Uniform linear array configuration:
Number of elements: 64
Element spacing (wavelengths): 1
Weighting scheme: cosine
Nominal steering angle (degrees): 15
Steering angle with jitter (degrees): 16.52
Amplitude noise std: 0.05
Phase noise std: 0.05

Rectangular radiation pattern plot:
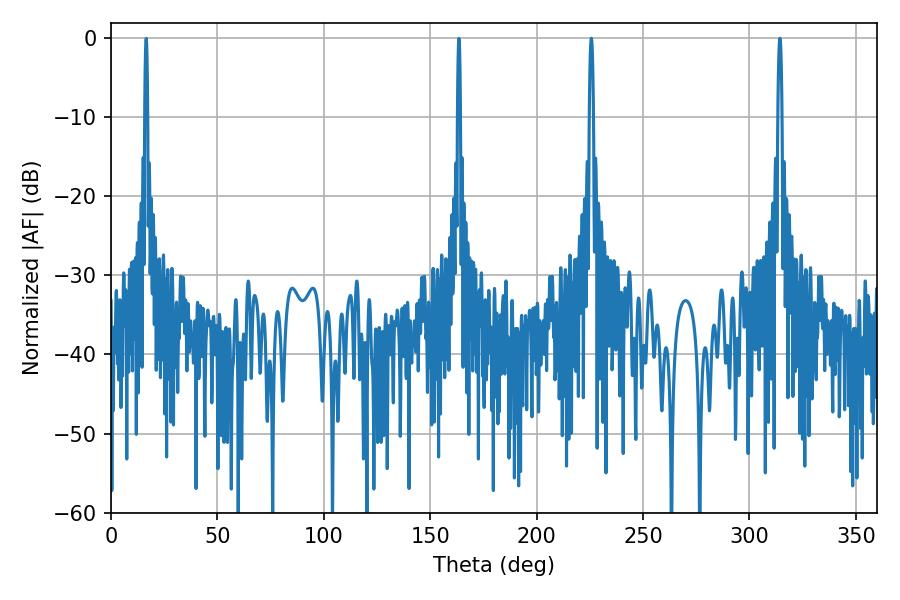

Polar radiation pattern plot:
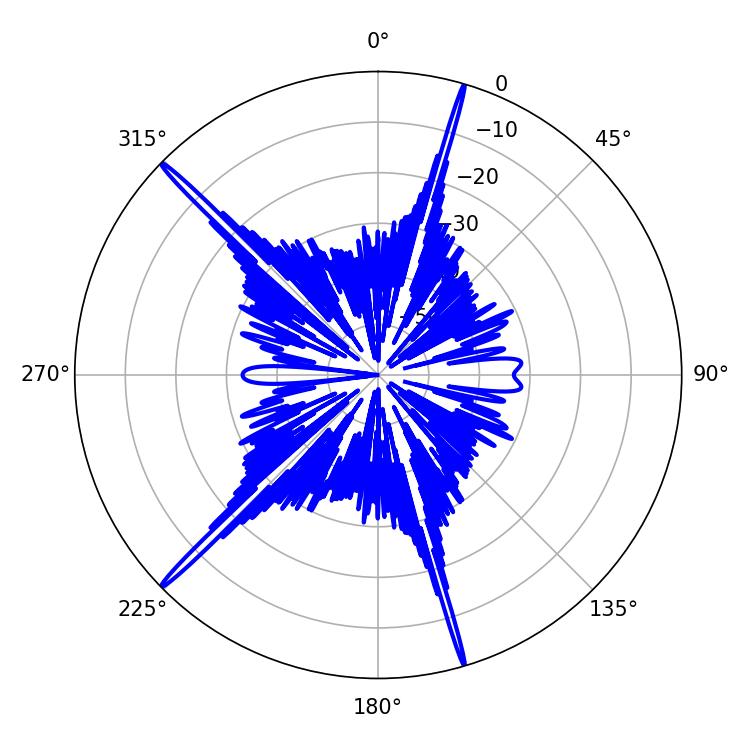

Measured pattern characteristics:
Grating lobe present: TRUE
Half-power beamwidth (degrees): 1.08
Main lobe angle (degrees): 225.72